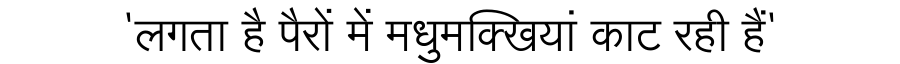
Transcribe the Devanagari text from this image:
'लगता है पैरों में मधुमक्खियां काट रही हैं'